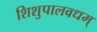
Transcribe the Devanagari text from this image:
शिशुपालवधम्